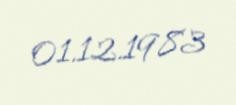
01.12.1983